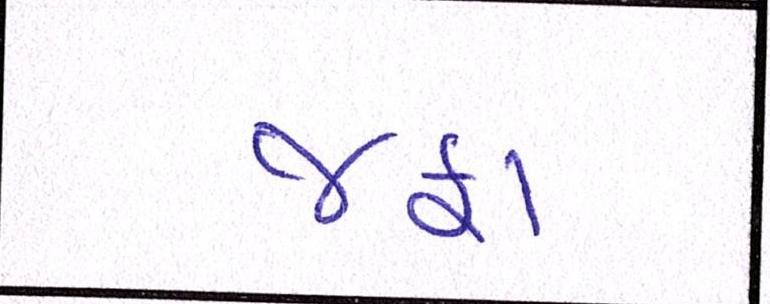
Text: જફા